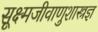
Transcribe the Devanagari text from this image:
सूक्ष्मजीवाणुशास्त्रज्ञ